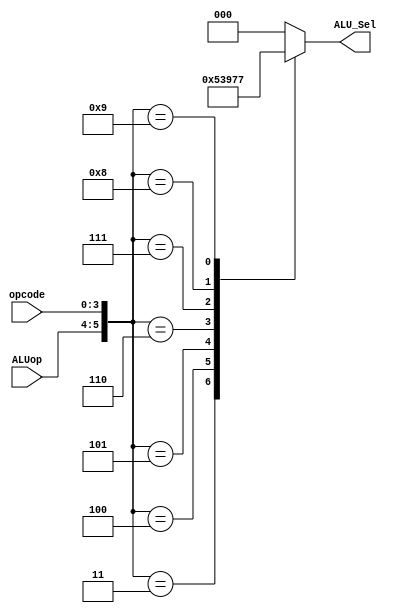
module ALU_cu (
    input [1:0] ALUop,
    input [3:0] opcode,
    output reg [2:0] ALU_Sel
);
    wire [5:0] ALU_selection;
    assign ALU_selection = {ALUop,opcode};
    always @(ALU_selection) begin
        casex (ALU_selection)
            6'b10xxxx: ALU_Sel = 3'b000; //Lw
            6'b01xxxx: ALU_Sel = 3'b000; //Sw
            6'b000010: ALU_Sel = 3'b000; //Add 
            6'b000011: ALU_Sel = 3'b001; //Sub
            6'b000100: ALU_Sel = 3'b010; //Inv
            6'b000101: ALU_Sel = 3'b011; //Lsl
            6'b000110: ALU_Sel = 3'b100; //Lsr
            6'b000111: ALU_Sel = 3'b101; //AND
            6'b001000: ALU_Sel = 3'b110; //OR
            6'b001001: ALU_Sel = 3'b111; //SLT
            default: ALU_Sel = 3'b000;
        endcase
    end
endmodule